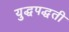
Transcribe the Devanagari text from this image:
युद्धपद्धती